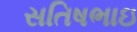
સતિષભાઇ